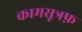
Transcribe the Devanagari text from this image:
कामसूत्रफ़